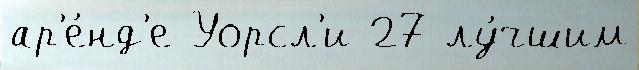
ар'е́нд'е Уорсл'и 27 лу́чшим